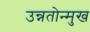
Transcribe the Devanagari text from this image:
उन्नतोन्मुख